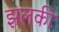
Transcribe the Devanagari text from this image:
झलकी